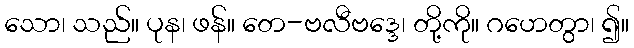
သော၊ သည်။ ပုန၊ ဖန်။ တေ-ဗလီဗဒ္ဒေ၊ တို့ကို။ ဂဟေတွာ၊ ၍။